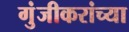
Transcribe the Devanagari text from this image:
गुंजीकरांच्या